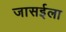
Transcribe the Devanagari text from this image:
जासईला